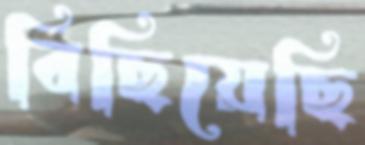
বিছিয়েছি